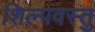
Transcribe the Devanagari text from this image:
शिल्पवस्तु